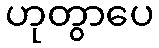
ဟုတွာပေ